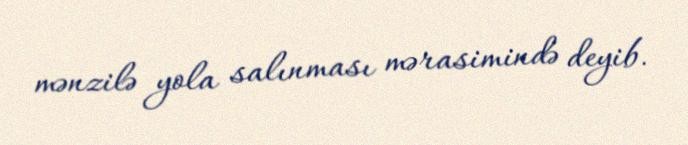
mənzilə yola salınması mərasimində deyib.